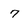
Character: 7